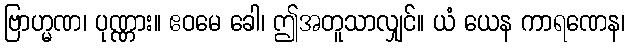
ဗြာဟ္မဏ၊ ပုဏ္ဏား။ ဧဝမေ ခေါ၊ ဤအတူသာလျှင်။ ယံ ယေန ကာရဏေန၊